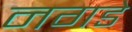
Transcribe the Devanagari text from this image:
नगडे